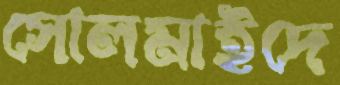
সোলমাইদে